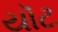
યૉટ